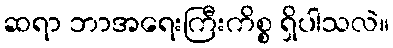
ဆရာ ဘာအရေးကြီးကိစ္စ ရှိပါသလဲ။